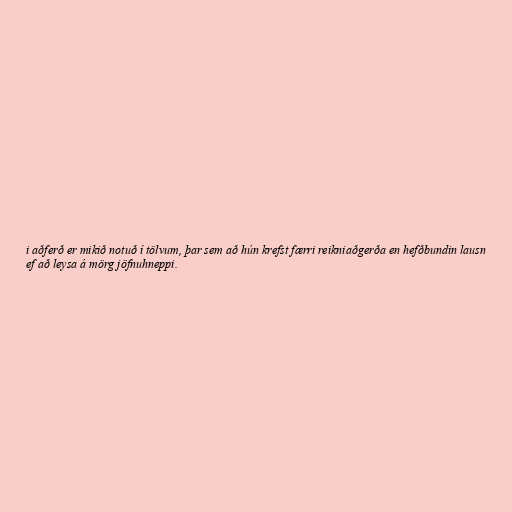
i aðferð er mikið notuð í tölvum, þar sem að hún krefst færri reikniaðgerða en hefðbundin lausn
ef að leysa á mörg jöfnuhneppi.